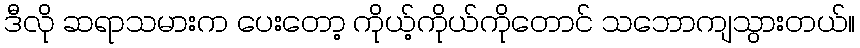
ဒီလို ဆရာသမားက ပေးတော့ ကိုယ့်ကိုယ်ကိုတောင် သဘောကျသွားတယ်။